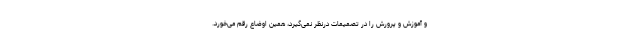
و آموزش و پرورش را در تصمیمات درنظر نمی‌گیرد، همین اوضاع رقم می‌خورد.